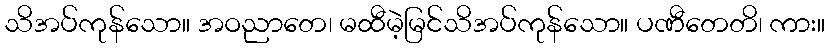
သိအပ်ကုန်သော။ အဝညာတေ၊ မထီမဲ့မြင်သိအပ်ကုန်သော။ ပဏီတေတိ၊ ကား။